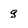
Character: g